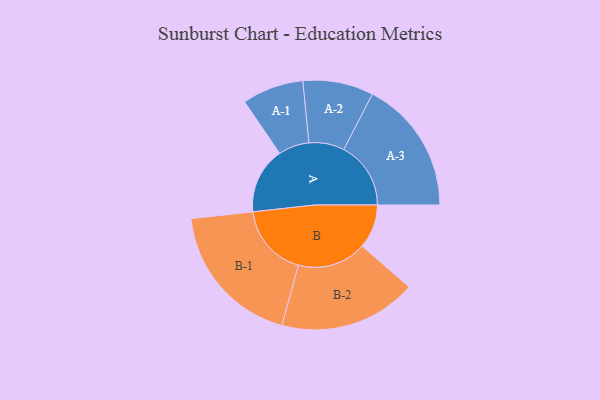
{"axis": {"x": "Segment", "y": "Value"}, "legend": ["", "A", "B"], "data": [{"x": "A", "y": 261, "type": ""}, {"x": "B", "y": 173, "type": ""}, {"x": "A-1", "y": 121, "type": "A"}, {"x": "A-2", "y": 139, "type": "A"}, {"x": "A-3", "y": 264, "type": "A"}, {"x": "B-1", "y": 288, "type": "B"}, {"x": "B-2", "y": 271, "type": "B"}]}